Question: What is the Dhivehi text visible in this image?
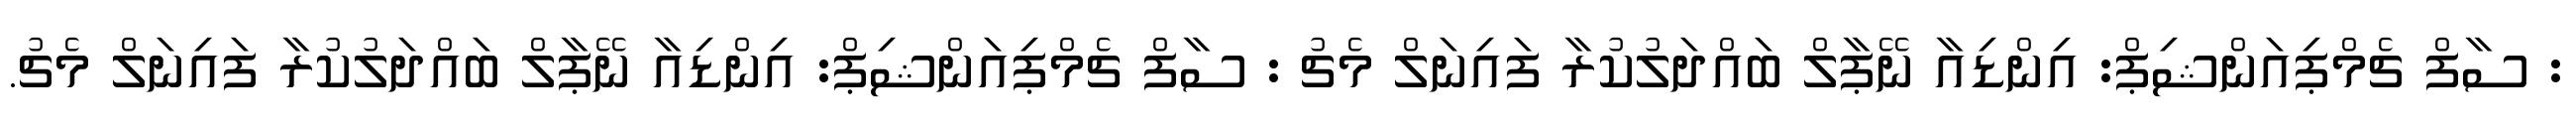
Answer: : ސާފް ޗެމްޕިއަންޝިޕް: އިންޑިއާ ނޭޕާލް ބައްދަލުކުރާ ފައިނަލް މެޗު : ސާފް ޗެމްޕިއަންޝިޕް: އިންޑިއާ ނޭޕާލް ބައްދަލުކުރާ ފައިނަލް މެޗު.